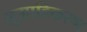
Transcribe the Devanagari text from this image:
सुग्राहिकरण